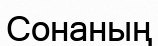
Сонаның